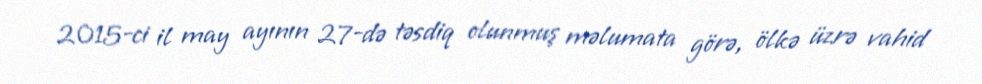
2015-ci il may ayının 27-də təsdiq olunmuş məlumata görə, ölkə üzrə vahid